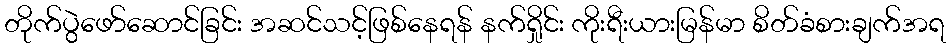
တိုက်ပွဲဖော်ဆောင်ခြင်း အဆင်သင့်ဖြစ်နေရန် နက်ရှိုင်း ကိုးရီးယားမြန်မာ စိတ်ခံစားချက်အရ